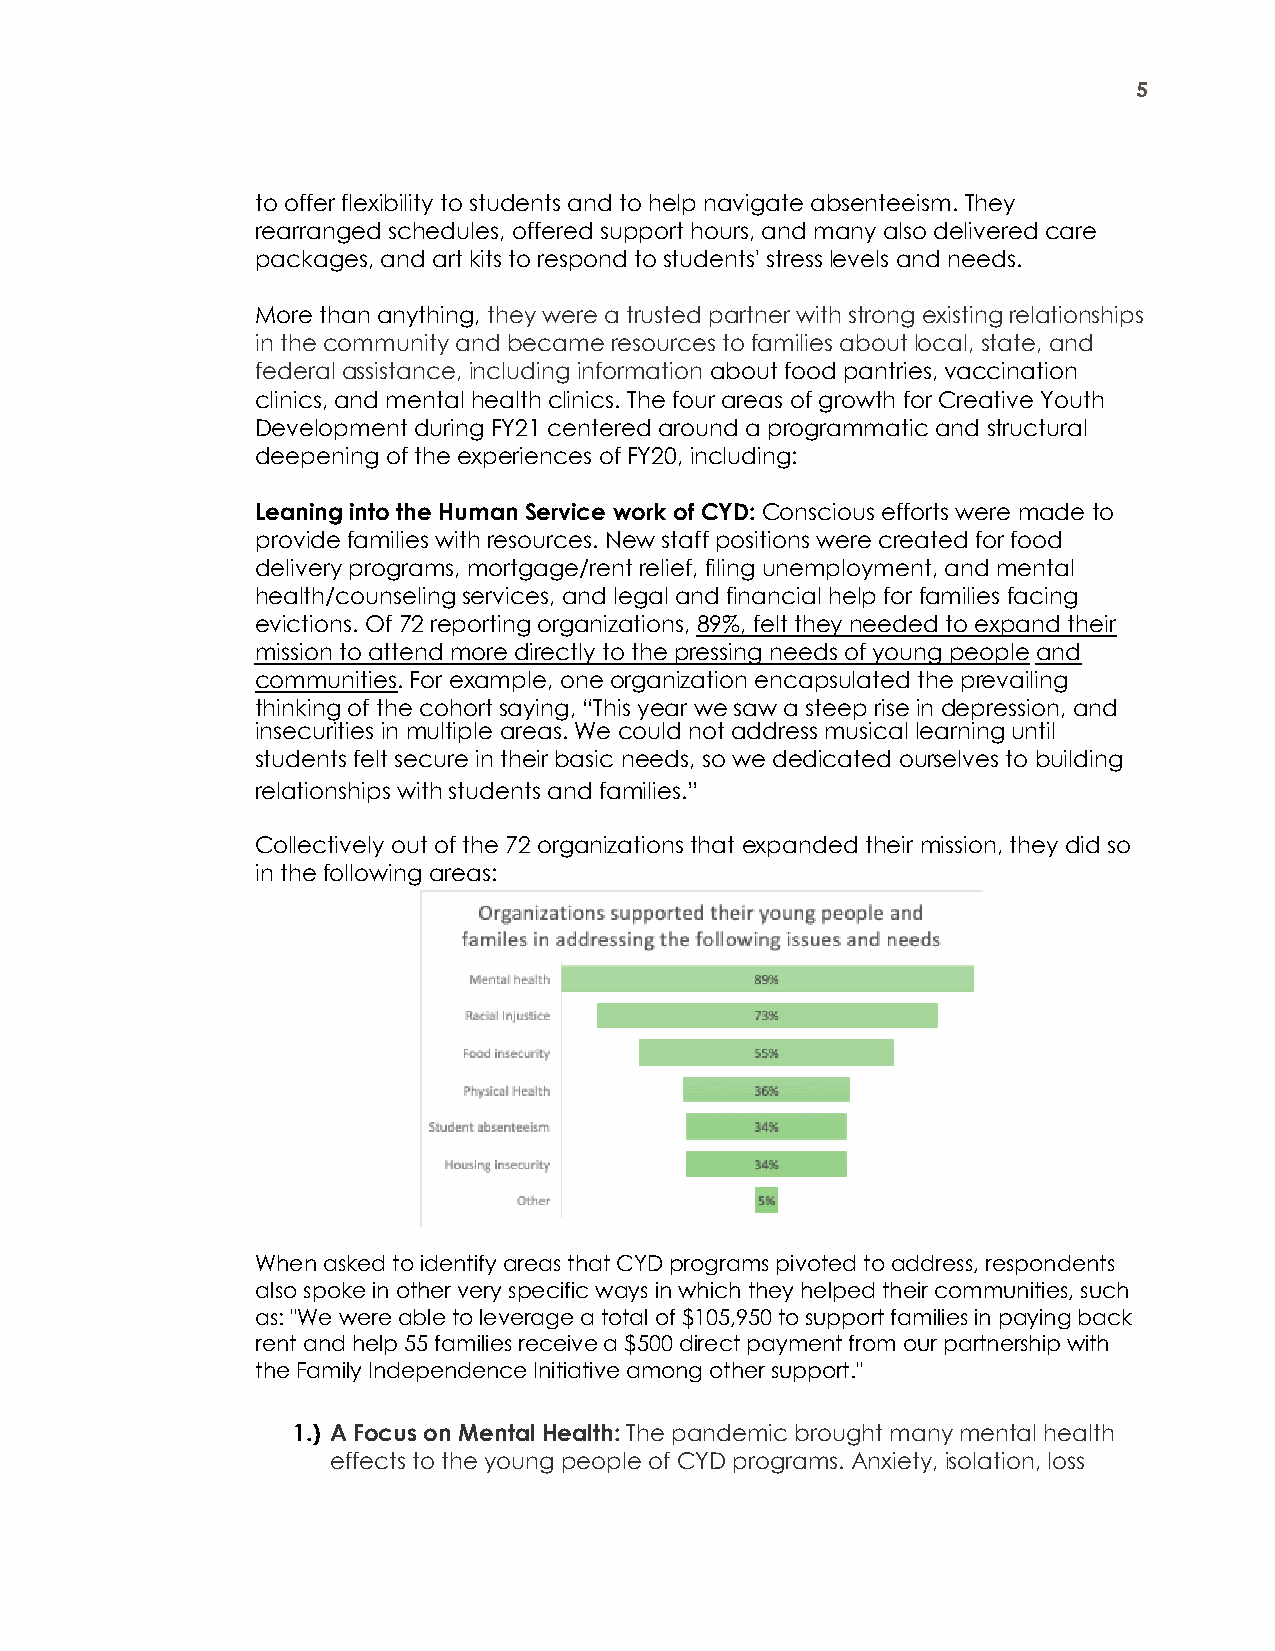
5
 to offer flexibility to students and to help navigate absenteeism. They
 rearranged schedules, offered support hours, and many also delivered care
 packages, and art kits to respond to students' stress levels and needs.
 More than anything, they were a trusted partner with strong existing relationships
 in the community and became resources to families about local, state, and
 federal assistance, including information about food pantries, vaccination
 clinics, and mental health clinics. The four areas of growth for Creative Youth
 Development during FY21 centered around a programmatic and structural
 deepening of the experiences of FY20, including:
 Leaning into the Human Service work of CYD: Conscious efforts were made to
 provide families with resources. New staff positions were created for food
 delivery programs, mortgage/rent relief, filing unemployment, and mental
 health/counseling services, and legal and financial help for families facing
 evictions. Of 72 reporting organizations, 89%, felt they needed to expand their
 mission to attend more directly to the pressing needs of young people and
 communities. For example, one organization encapsulated the prevailing
 thinking of the cohort saying, “This year we saw a steep rise in depression, and
 insecurities in multiple areas. We could not address musical learning until
 students felt secure in their basic needs, so we dedicated ourselves to building
 relationships with students and families.”
 Collectively out of the 72 organizations that expanded their mission, they did so
 in the following areas:
 When asked to identify areas that CYD programs pivoted to address, respondents
 also spoke in other very specific ways in which they helped their communities, such
 as: "We were able to leverage a total of $105,950 to support families in paying back
 rent and help 55 families receive a $500 direct payment from our partnership with
 the Family Independence Initiative among other support."
 1.) A Focus on Mental Health: The pandemic brought many mental health
 effects to the young people of CYD programs. Anxiety, isolation, loss